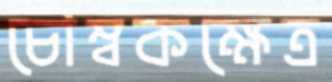
চৌম্বকক্ষেত্র